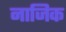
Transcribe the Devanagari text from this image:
नाजिक